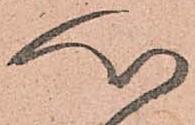
心